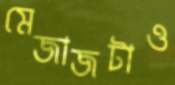
মেজাজটাও